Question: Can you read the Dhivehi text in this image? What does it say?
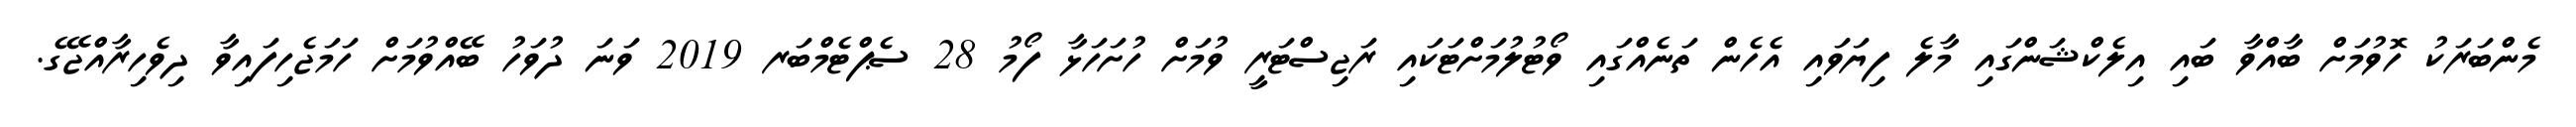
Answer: މެންބަރަކު ހޮވުމަށް ބާއްވާ ބައި އިލެކްޝަންގައި މާލެ ފިޔަވައި އެހެން ތަނެއްގައި ވޯޓުލުމަށްޓަކައި ރަޖިސްޓަރީ ވުމަށް ހުށަހަޅާ ފޯމު 28 ސެޕްޓެމްބަރ 2019 ވަނަ ދުވަހު ބޭއްވުމަށް ހަމަޖެހިފައިވާ ދިވެހިރާއްޖޭގެ.